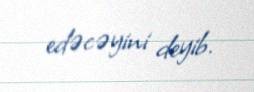
edəcəyini deyib.